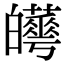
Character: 𤾼